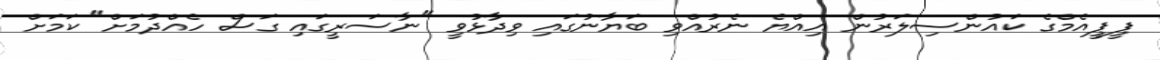
ޕީޕީއެމްގެ ކައުންސިލަރުން އިއްޔެ ނެރުއްވި ބަޔާނުގައި ވިދާޅުވީ "ނާސަރީގައި ގަސް ހެއްދުމަށް" ކަމަށް